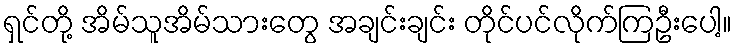
ရှင်တို့ အိမ်သူအိမ်သားတွေ အချင်းချင်း တိုင်ပင်လိုက်ကြဦးပေါ့။